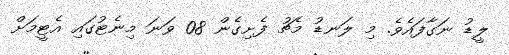
ލީޑު ނަގާފައެވެ. މި ލަނޑު މެޗު ފެށިގެން 08 ވަނަ މިނެޓުގައި އެޓީމަށް